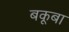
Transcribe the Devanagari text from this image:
बकूबा